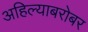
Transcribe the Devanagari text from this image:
अहिल्याबरोबर